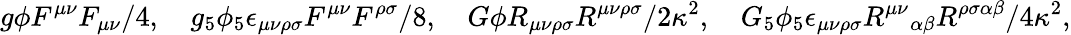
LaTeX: g\phi F^{\mu\nu}F_{\mu\nu}/4,\quad g_{5}\phi_{5}\epsilon_{\mu\nu\rho\sigma}F^{\mu\nu}F^{\rho\sigma}/8,\quad G\phi R_{\mu\nu\rho\sigma}R^{\mu\nu\rho\sigma}/2\kappa^{2},\quad G_{5}\phi_{5}\epsilon_{\mu\nu\rho\sigma}{R^{\mu\nu}}_{\alpha\beta}R^{\rho\sigma\alpha\beta}/4\kappa^{2},